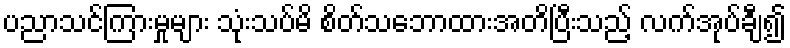
ပညာသင်ကြားမှုများ သုံးသပ်မိ စိတ်သဘောထားအတိပြီးသည့် လက်အုပ်ချီ၍